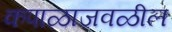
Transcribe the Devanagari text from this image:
कपाळाजवळील